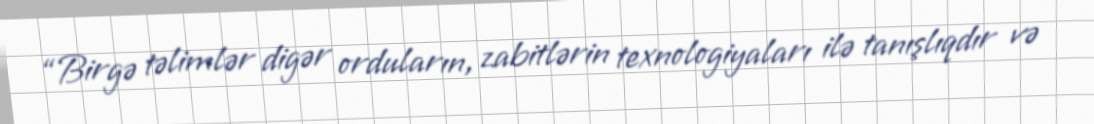
“Birgə təlimlər digər orduların, zabitlərin texnologiyaları ilə tanışlıqdır və